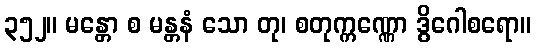
၃၅၂။ မန္တော စ မန္တနံ သော တု၊ စတုက္ကဏ္ဏော ဒွိဂေါစရော။